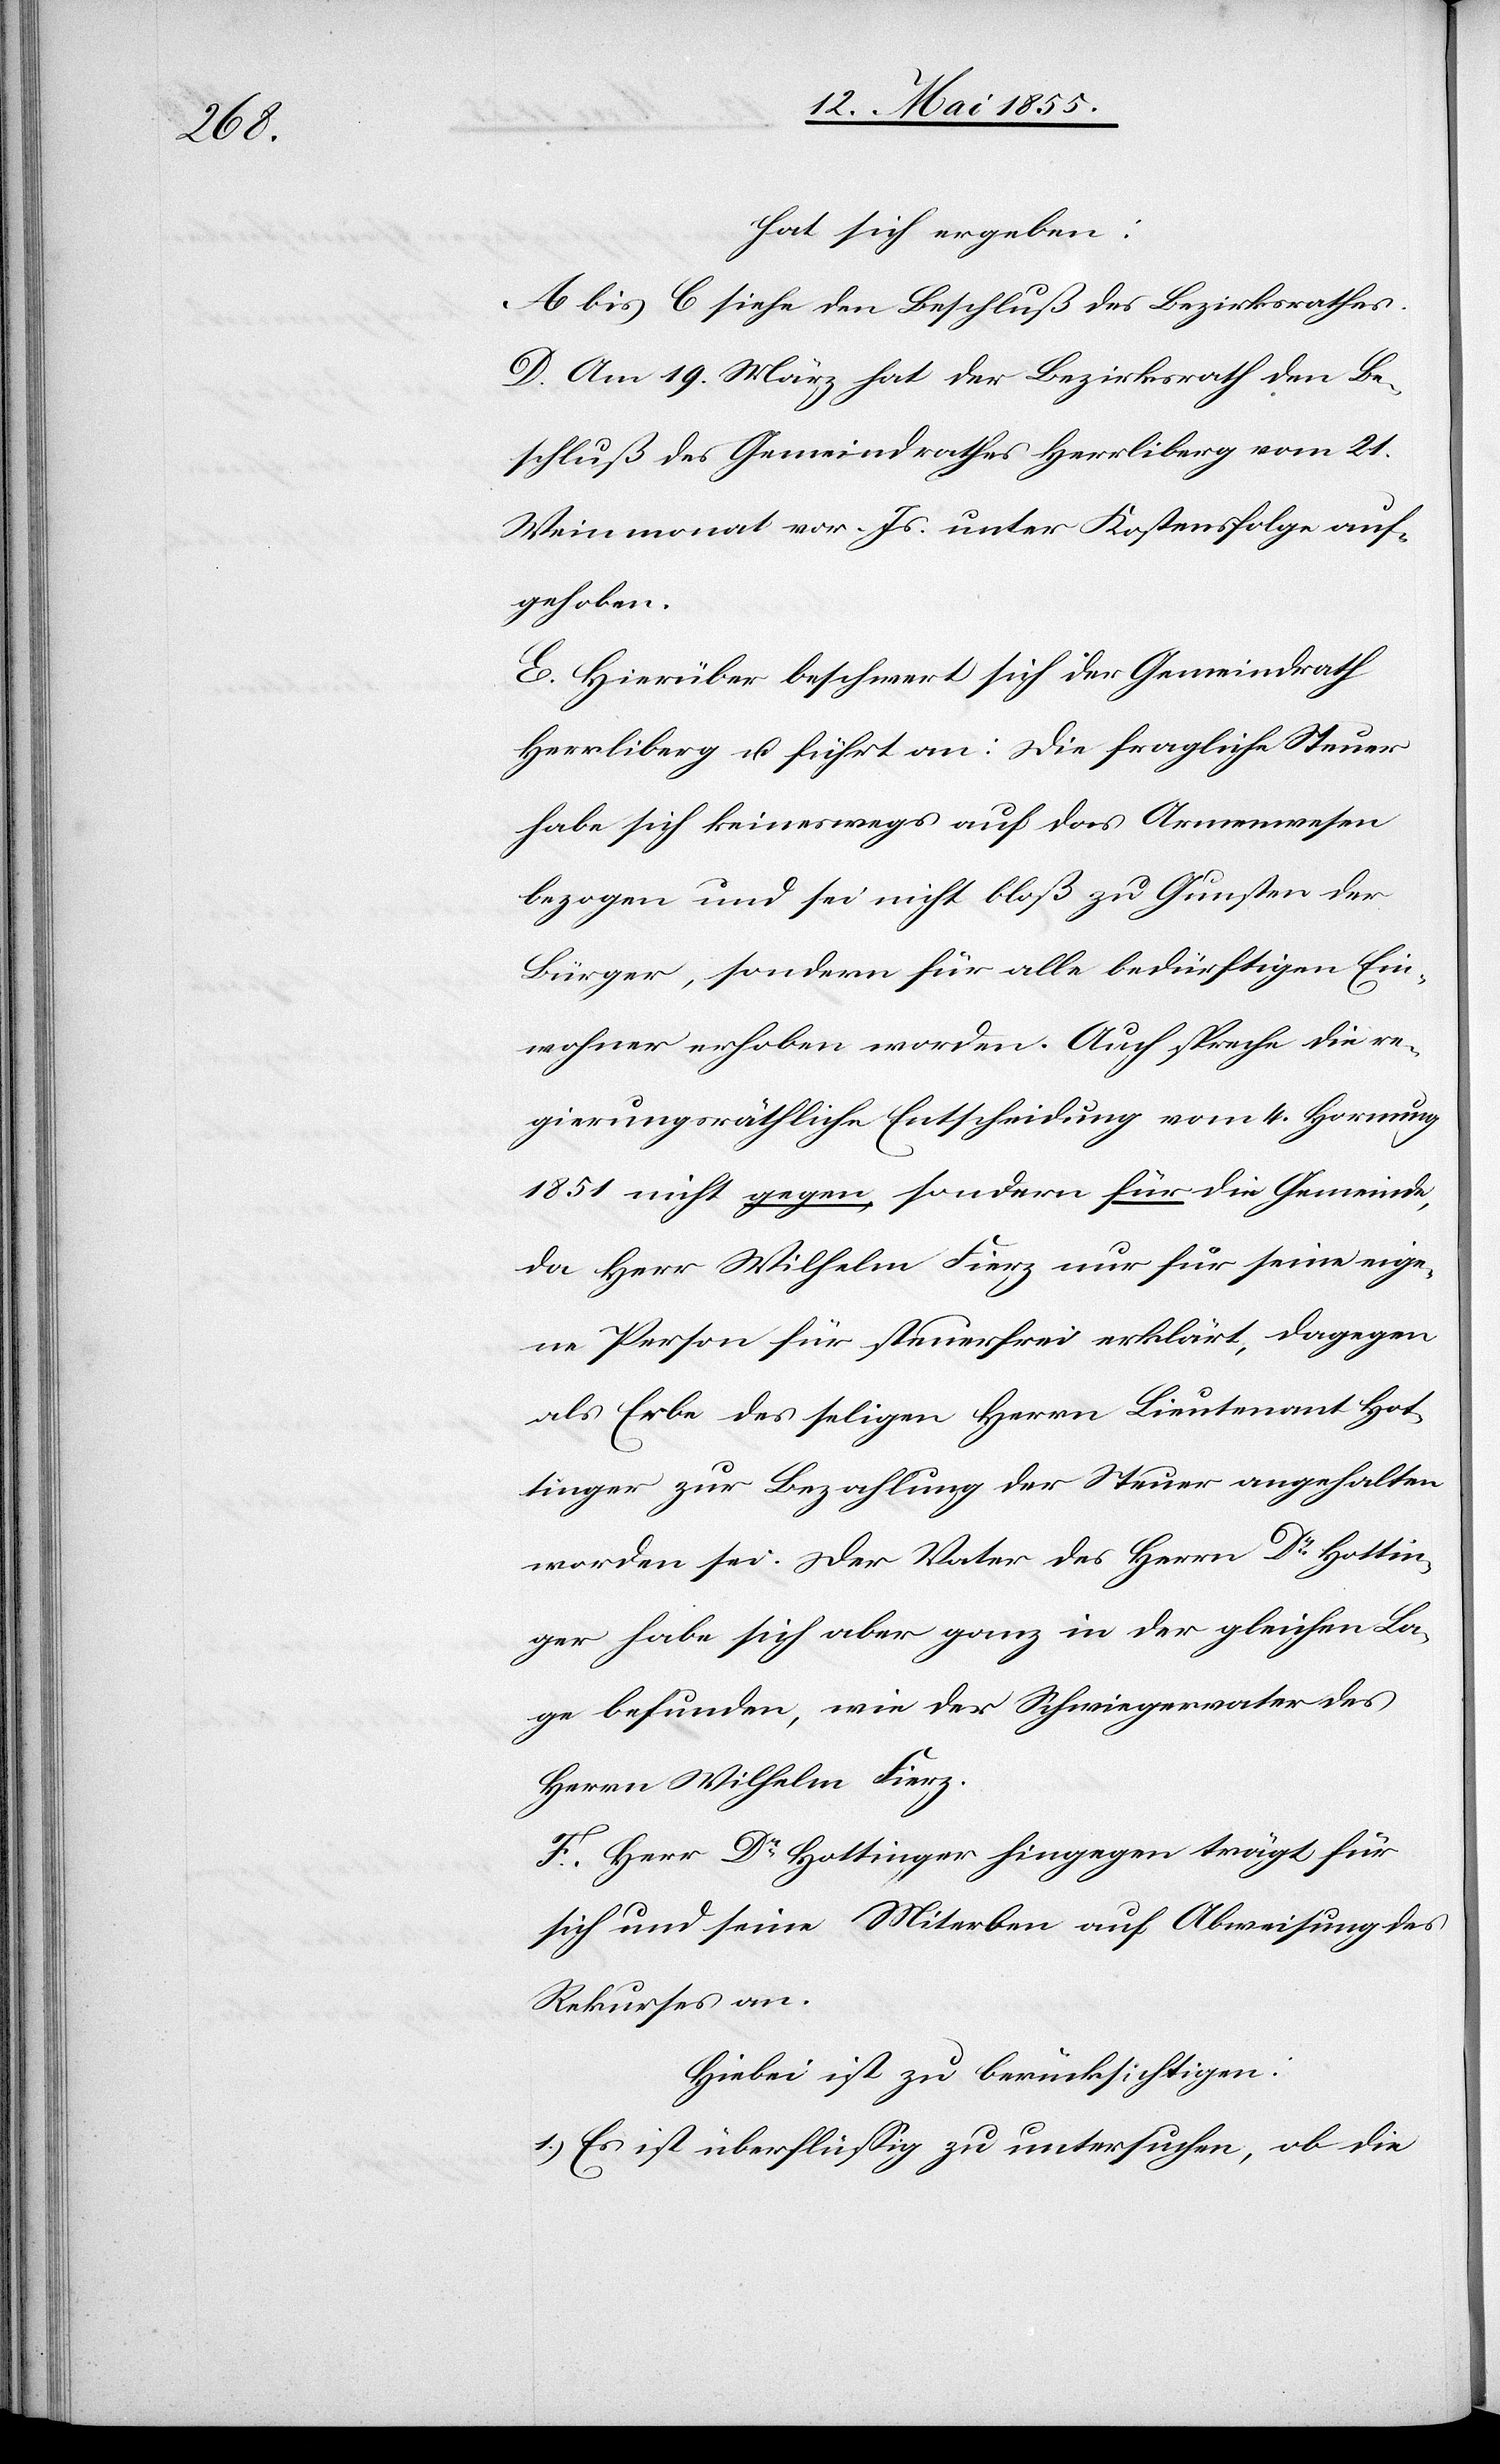
hat sich ergeben:
A bis C siehe den Beschluß des Bezirksrathes.
D. Am 19. März hat der Bezirksrath den Be¬
schluß des Gemeindrathes Herrliberg vom 21.
Weinmonat vor. Js. unter Kostensfolge auf¬
gehoben.
E. Hierüber beschwert sich der Gemeindrath
Herrliberg u. führt an: Die fragliche Steuer
habe sich keineswegs auf das Armenwesen
bezogen und sei nicht bloß zu Gunsten der
Bürger, sondern für alle bedürftigen Ein¬
wohner erhoben worden. Auch spreche die re¬
gierungsräthliche Entscheidung vom 4. Hornung
1851 nicht gegen, sondern für die Gemeinde,
da Herr Wilhelm Fierz nur für seine eige¬
ne Person für steuerfrei erklärt, dagegen
als Erbe des seligen Herrn Lieutenant Hot¬
tinger zur Bezahlung der Steuer angehalten
worden sei. Der Vater des Herrn Dr Hottin¬
ger habe sich aber ganz in der gleichen La¬
ge befunden, wie der Schwiegervater des
Herren Wilhelm Fierz.
F. Herr Dr Hottinger hingegen trägt für
sich und seine Miterben auf Abweisung des
Rekurses an.
Hiebei ist zu berücksichtigen:
1.) Es ist überflüssig zu untersuchen, ob die